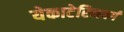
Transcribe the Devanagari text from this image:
येकाटेरिनबर्ग